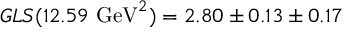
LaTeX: G L S ( 1 2 . 5 9 ~ \mathrm { G e V } ^ { 2 } ) = 2 . 8 0 \pm 0 . 1 3 \pm 0 . 1 7 ~ ~ ~ ~ ~